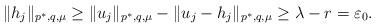
LaTeX: \begin{align*}\|h_j\|_{p^*,q,\mu} \geq\|u_j\|_{p^*,q,\mu} - \|u_j - h_j\|_{p^*,q,\mu} \geq \lambda - r = \varepsilon_0 .\end{align*}